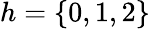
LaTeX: h=\{ 0,1,2\}